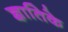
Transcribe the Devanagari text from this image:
ज्ञातिके